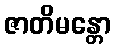
ဇာတိမန္တော